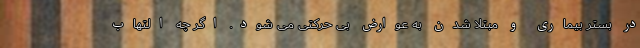
در بستر بیماری و مبتلا شدن به عوارض بی حرکتی می شود. اگر چه التهاب